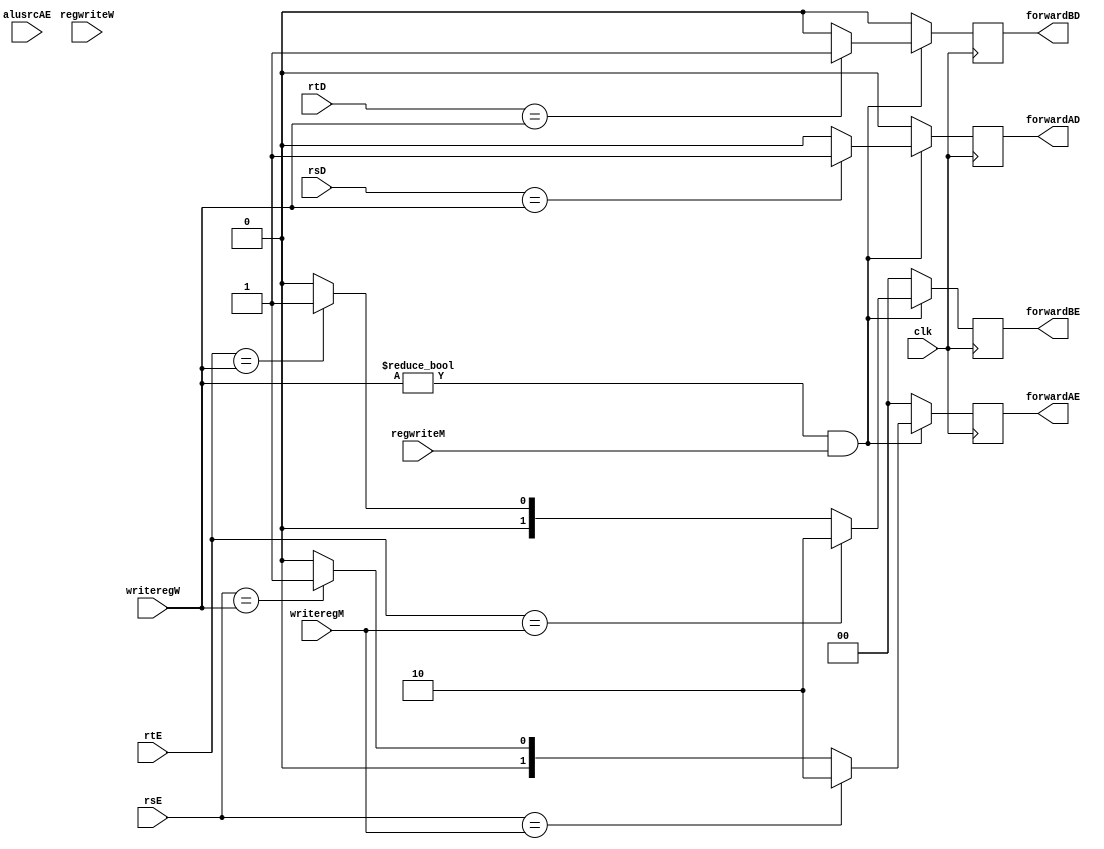
`timescale 1ns/1ps
`define mydelay 1

//------------------------------------------------
// mipsparts.v
// David_Harris@hmc.edu 23 October 2005
// Components used in MIPS processor
//------------------------------------------------


module forward_unit (input clk,
                     input [4:0] rsD, rtD, rsE, rtE,
		     input regwriteM, regwriteW,
		     input [4:0] writeregM, writeregW,
		     output reg forwardAD,
		     output reg forwardBD,
		     output reg [1:0] forwardAE,
		     output reg [1:0] forwardBE,
		     input [1:0] alusrcAE);

  always @(posedge clk)
  begin
    if (writeregW != 5'b0 && regwriteM) begin
      if (rsE == writeregM) forwardAE <= #`mydelay 2'b10;
      else if (rsE == writeregW) forwardAE <= #`mydelay 2'b01;
      else forwardAE <= #`mydelay 2'b00;
	   if (rtE == writeregM) forwardBE <= #`mydelay 2'b10;
      else if (rtE == writeregW) forwardBE <= #`mydelay 2'b01;
      else forwardBE <= #`mydelay 2'b00;
	   if (rsD == writeregW) forwardAD <= #`mydelay 1'b1;
      else forwardAD <= #`mydelay 1'b0;
	   if (rtD == writeregW) forwardBD <= #`mydelay 1'b1;
	   else forwardBD <= #`mydelay 1'b0;
	 end
	 else begin
	   forwardBD <= #`mydelay 1'b0;
		forwardAD <= #`mydelay 1'b0;
		forwardBE <= #`mydelay 2'b00;
		forwardAE <= #`mydelay 2'b00;
	 end
  end
  
endmodule

module hazard_unit (input clk,
                    input [4:0] rtD, rsE, rtE,
		    input memtoregE, memtoregM, branch,
                    output reg stallF, stallD, flushE);
						  
	always @(posedge clk)
	begin
	  if (memtoregE) begin
	    if ((rtD == rsE) || (rtD == rtE)) begin 
		   stallF <= #`mydelay 1'b1;
		   stallD <= #`mydelay 1'b1;
		 end
	    else begin 
		   stallF <= #`mydelay 1'b0;
		   stallD <= #`mydelay 1'b0;
		 end 
	  end
	  else if (branch) begin
		 flushE <= #`mydelay 1'b1;
	  end
	  else begin
	  	 stallF <= #`mydelay 1'b0;
	    stallD <= #`mydelay 1'b0;
		 flushE <= #`mydelay 1'b0;
	  end
	end

endmodule

module start_fetch(input clk,
                   input reset, stallF,
		   input [31:0] pcS,
		   output reg [31:0] pcF);
						  				  
  always @(posedge clk)
  begin
    if(reset) pcF <= #`mydelay 32'b0;
    else if (stallF) pcF <= #`mydelay pcF;
    else pcF <= #`mydelay pcS;
  end
endmodule

module fetch_decode(input clk,
                    input reset,
                    input stallD, branch,
		    input [31:0] pcF,
		    input [31:0] instrF,
		    output reg [31:0] pcD,
		    output reg [31:0] instrD);
						  
						  
  always @(posedge clk)
  begin
    /*
    if(reset || branch) begin
	   instrD <= 32'b0;
	   pcD <= 32'b0;
    end
    */
    if (reset) begin
        instrD <= #`mydelay 32'b0;
	pcD <= #`mydelay 32'b0;
    end
    else if (stallD) begin
        instrD <= #`mydelay instrD;
	pcD <= #`mydelay pcD;
    end
    else begin
        instrD <= #`mydelay instrF;
	pcD <= #`mydelay pcF;
    end
  end

endmodule

module decode_execute(input clk,
		      input reset, flushE,
		      input [31:0] pcD, output reg [31:0] pcE,
		      input [31:0] immD, output reg [31:0] immE,
		      input [4:0] rsD, output reg [4:0] rsE,
		      input [4:0] rtD, output reg [4:0] rtE,
		      input [4:0] rdD, output reg [4:0] rdE,
		      input [31:0] rd0D, output reg [31:0] rd0E,
		      input [31:0] rd1D, output reg [31:0] rd1E,
		      input regwriteD, output reg regwriteE,
		      input memtoregD, output reg memtoregE,
		      input memwriteD, output reg memwriteE,
		      input branchD, output reg branchE,
		      input [2:0] aluopD, output reg [2:0] aluopE,
		      input [1:0] alusrcBD, output reg [1:0] alusrcBE,
		      input [1:0] alusrcAD, output reg [1:0] alusrcAE,
		      input [1:0] regdstD, output reg [1:0] regdstE,
		      input zeroD, output reg zeroE);
	
  always @(posedge clk)
  begin
    if (reset || flushE) begin
	   pcE <= 32'b0;
	   immE <= 32'b0;
	   rsE <= 5'b0;
	   rtE <= 5'b0;
	   rdE <= 5'b0;
	   rd0E <= 32'b0;
	   rd1E <= 32'b0;
	   regwriteE <= 1'b0;
	   memtoregE <= 1'b0;
	   memwriteE <= 1'b0;
	   branchE <= 1'b0;
	   aluopE <= 2'b0;
	   alusrcBE <= 2'b0;
	   alusrcAE <= 2'b0;
	   regdstE <= 2'b0;
	   zeroE <= 1'b0;
	 end
	 else begin
      	   pcE <= pcD;
	   immE <= immD;
	   rsE <= rsD;
	   rtE <= rtD;
	   rdE <= rdD;
	   rd0E <= rd0D;
	   rd1E <= rd1D;
	   regwriteE <= regwriteD;
	   memtoregE <= memtoregD;
	   memwriteE <= memwriteD;
	   branchE <= branchD;
	   aluopE <= aluopD;
	   alusrcBE <= alusrcBD;
	   alusrcAE <= alusrcAD;
	   regdstE <= regdstD;
	   zeroE <= zeroD;
	 end
  end

endmodule

module execute_memory(input clk,
		      input reset,
		      input [4:0] writeregE, output reg [4:0] writeregM,
		      input [31:0] writedataE, output reg [31:0] writedataM,
		      input [31:0] aluoutE, output reg [31:0] aluoutM,
		      input memwriteE, output reg memwriteM,
		      input memtoregE, output reg memtoregM,
		      input regwriteE, output reg regwriteM);

  always @(posedge clk)
  begin
    if (reset) begin
      writeregM <= 5'b0;
      writedataM <= 32'b0;
      aluoutM <= 32'b0;
      memwriteM <= 1'b0;
      memtoregM <= 1'b0;
      regwriteM <= 1'b0;
    end
    else begin
      writeregM <= writeregE;
      writedataM <= writedataE;
      aluoutM <= aluoutE;
      memwriteM <= memwriteE;
      memtoregM <= memtoregE;
      regwriteM <= regwriteE;
    end
  end
endmodule


module memory_wb(input clk,
		 input reset,
		 input regwriteM, output reg regwriteW,
		 input memtoregM, output reg memtoregW,
		 input [31:0] readdataM, output reg [31:0] readdataW,
		 input [31:0] aluoutM, output reg [31:0] aluoutW,
		 input [4:0] writeregM, output reg [4:0] writeregW);
	
  always @(posedge clk)
  begin
    if (reset) begin
      regwriteW <= 1'b0;
      memtoregW <= 1'b0;
      readdataW <= 32'b0;
      aluoutW <= 32'b0;
      writeregW <= 5'b0;
    end
    else begin
      regwriteW <= regwriteM;
      memtoregW <= memtoregM;
      readdataW <= readdataM;
      aluoutW <= aluoutM;
      writeregW <= writeregM;
    end
  end
endmodule

module regfile(input         clk, 
               input         we, 
               input  [4:0]  ra1, ra2, wa, 
               input  [31:0] wd, 
               output [31:0] rd1, rd2);

  reg [31:0] rf[31:0];

  // three ported register file
  // read two ports combinationally
  // write third port on rising edge of clock
  // register 0 hardwired to 0

  always @(posedge clk)
    if (we) rf[wa] <= #`mydelay wd;	

  assign #`mydelay rd1 = (ra1 != 0) ? rf[ra1] : 0;
  assign #`mydelay rd2 = (ra2 != 0) ? rf[ra2] : 0;

endmodule


module alu(input [31:0] a, b,
           input [2:0] alucont,
	   output reg [31:0] result);

  wire [31:0] b2;
  wire sltu;
  wire [32:0] sum;
  
  assign b2 = alucont[2] ? ~b : b;
  assign sum[32:0] = a + b2 + alucont[2];
  assign sltu = ~sum[32];
  
  always@(*)
    case(alucont[1:0])
      2'b00: result <= a & b;
      2'b01: result <= a | b;
      2'b10: result <= sum;
      2'b11: result <= {31'b0, sltu};
	endcase
	
endmodule

module adder(input [31:0] a, b,
             output [31:0] y);

  assign #`mydelay y = a + b;
endmodule



module sl2(input  [31:0] a,
           output [31:0] y);

  // shift left by 2
  assign #`mydelay y = {a[29:0], 2'b00};
endmodule



module sign_zero_ext(input      [15:0] a,
                     input             signext,
                     output reg [31:0] y);
              
   always @(*)
	begin
	   if (signext)  y <= {{16{a[15]}}, a[15:0]};
	   else          y <= {16'b0, a[15:0]};
	end

endmodule

module sign_ext(input [15:0] a,
                output [31:0] y);

	assign #`mydelay y = {{16{a[15]}}, a[15:0]};

endmodule


module shift_left_16(input      [31:0] a,
		     input         shiftl16,
                     output reg [31:0] y);

   always @(*)
	begin
	   if (shiftl16) y = {a[15:0],16'b0};
	   else          y = a[31:0];
	end
              
endmodule



module flopr #(parameter WIDTH = 8)
              (input                  clk, reset,
               input      [WIDTH-1:0] d, 
               output reg [WIDTH-1:0] q);

  always @(posedge clk, posedge reset)
    if (reset) q <= #`mydelay 0;
    else       q <= #`mydelay d;

endmodule



module flopenr #(parameter WIDTH = 8)
                (input                  clk, reset,
                 input                  en,
                 input      [WIDTH-1:0] d, 
                 output reg [WIDTH-1:0] q);
 
  always @(posedge clk, posedge reset)
    if      (reset) q <= #`mydelay 0;
    else if (en)    q <= #`mydelay d;

endmodule

module mux2 #(parameter WIDTH = 8)
             (input  [WIDTH-1:0] d0, d1, 
              input              s, 
              output [WIDTH-1:0] y);

  assign #`mydelay y = s ? d1 : d0; 

endmodule

module mux3 #(parameter WIDTH = 8)
              (input [WIDTH-1:0] d0, d1, d2,
	       input [1:0] s,
	       output reg [WIDTH-1:0] y);
	
  always @(*)
    case (s)
      2'b00: #`mydelay y <= d0;
      2'b01: #`mydelay y <= d1;
      2'b10: #`mydelay y <= d2;
    endcase  
endmodule

module mux4 #(parameter WIDTH = 8)
              (input [WIDTH-1:0] d0, d1, d2, d3,
	       input [1:0] s,
	       output reg [WIDTH-1:0] y);

  always @(*)
    case (s)
      2'b00: #`mydelay y <= d0;
      2'b01: #`mydelay y <= d1;
      2'b10: #`mydelay y <= d2;
      2'b11: #`mydelay y <= d3;
    endcase

endmodule